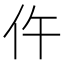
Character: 仵